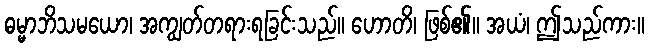
ဓမ္မာဘိသမယော၊ အကျွတ်တရားရခြင်းသည်။ ဟောတိ၊ ဖြစ်၏။ အယံ၊ ဤသည်ကား။